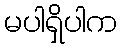
မပါရှိပါက